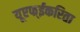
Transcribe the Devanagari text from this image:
यूएफ्ईकरिता